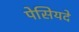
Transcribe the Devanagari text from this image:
पेसियदे